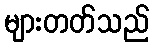
များတတ်သည်